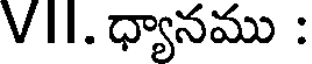
VII. ధ్యానము :